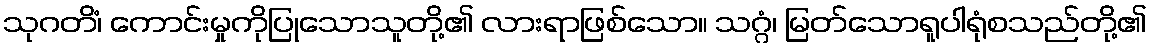
သုဂတိံ၊ ကောင်းမှုကိုပြုသောသူတို့၏ လားရာဖြစ်သော။ သဂ္ဂံ၊ မြတ်သောရူပါရုံစသည်တို့၏